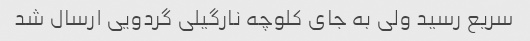
سریع رسید ولی به جای کلوچه نارگیلی گردویی ارسال شد